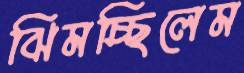
ঝিমচ্ছিলেম